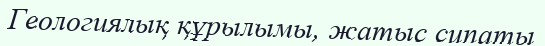
Геологиялық құрылымы, жатыс сипаты